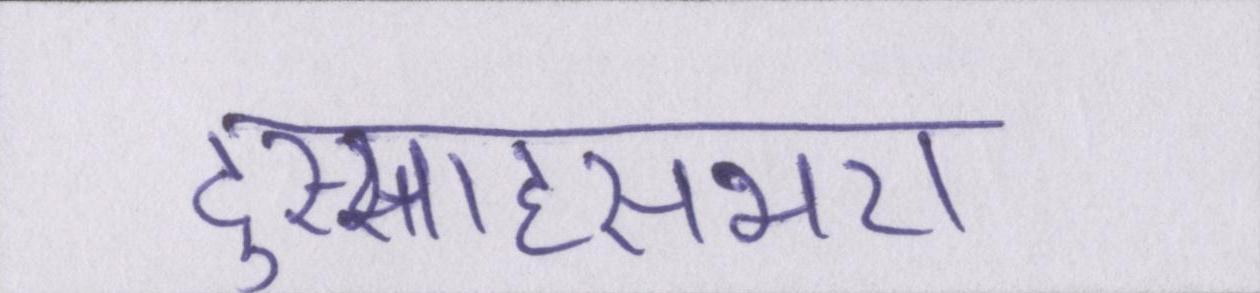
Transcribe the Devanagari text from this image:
दुस्साहसभरा